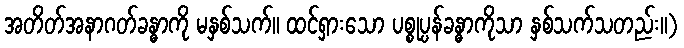
အတိတ်အနာဂတ်ခန္ဓာကို မနှစ်သက်။ ထင်ရှားသော ပစ္စုပ္ပန်ခန္ဓာကိုသာ နှစ်သက်သတည်း။)